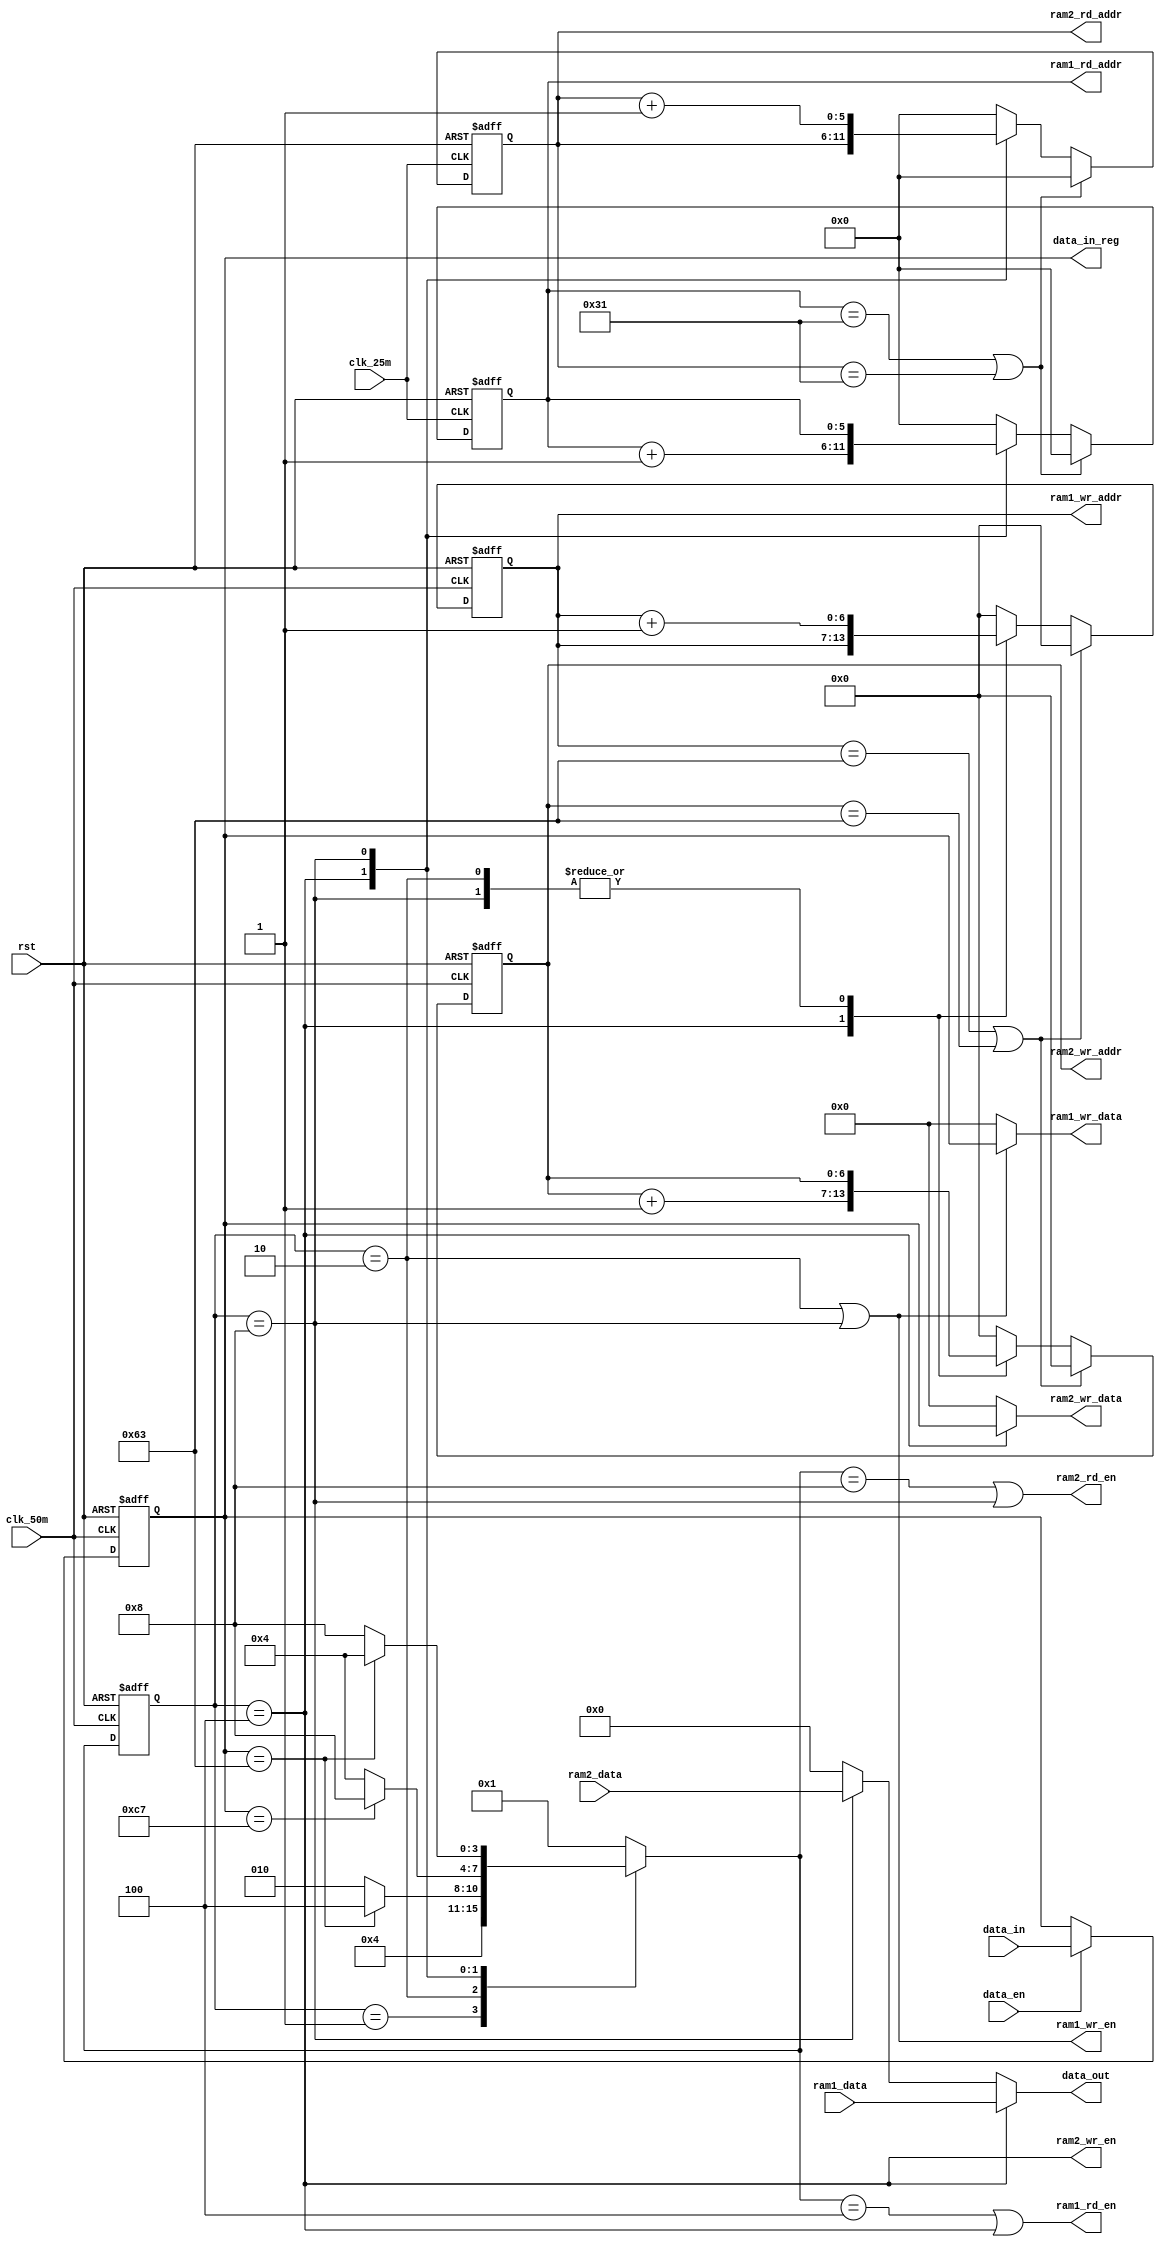
module RAM_CTRL
(
	input wire 				clk_25m			,
	input wire 				clk_50m			,
	input wire 				rst				,
	input wire 	[15:0] 	    ram1_data		,
	input wire 	[15:0] 	    ram2_data		,
	input wire 				data_en			,
	input wire 	[7:0]		data_in			,
	
	output wire 			ram1_wr_en		,
	output reg  [6:0]  	    ram1_wr_addr	,
	output wire	[7:0]  	    ram1_wr_data	,
	output wire 			ram1_rd_en		,
	output reg  [5:0]  	    ram1_rd_addr	,
		
	output wire 			ram2_wr_en		,
	output reg  [6:0] 	    ram2_wr_addr	,
	output wire [7:0] 	    ram2_wr_data	,
	output wire 			ram2_rd_en		,
	output reg  [5:0]  	    ram2_rd_addr	,
	
	output reg 	[7:0] 	    data_in_reg		,
	
	output wire [15:0] 	    data_out
);
 
parameter	IDLE 	= 4'b0001,
			WRAM1 = 4'b0010,
			R1_W2 = 4'b0100,
			W1_R2 = 4'b1000;
				
reg [3:0] state,next_state;
 
//data_in_reg:
always@(posedge clk_50m or negedge rst)
	if(!rst)
		data_in_reg <= 8'b0;
	else if(data_en == 1'b1)
		data_in_reg <= data_in;
 
//state:
always@(posedge clk_50m or negedge rst)
	if(!rst)
		state <= IDLE;
	else
		state <= next_state;
		
//next_state:
always@(*)
	case(state)
		IDLE  : next_state = WRAM1;
		WRAM1 : next_state = (data_in_reg == 'd99 )?R1_W2:WRAM1;
		R1_W2 : next_state = (data_in_reg == 'd199)?W1_R2:R1_W2;
		W1_R2 : next_state = (data_in_reg == 'd99 )?R1_W2:W1_R2;
		default : next_state = IDLE;
	endcase
//ram1ram2
assign ram1_wr_en = (state == WRAM1 || state == W1_R2);
assign ram1_rd_en = (next_state == R1_W2 || state == R1_W2);
assign ram2_wr_en = (state == R1_W2);
assign ram2_rd_en = (next_state == W1_R2 || state == W1_R2);
//ram1_wr_addr,ram2_wr_addr:
always@(posedge clk_50m or negedge rst)
	if(!rst)
		begin
			ram1_wr_addr <= 7'b0;
			ram2_wr_addr <= 7'b0;
		end
	else if(ram1_wr_addr == 'd99 || ram2_wr_addr == 'd99)
		begin
			ram1_wr_addr <= 7'b0;
			ram2_wr_addr <= 7'b0;
		end
	else
		case(state)
			WRAM1 : ram1_wr_addr <= ram1_wr_addr + 1'b1;
			R1_W2 : ram2_wr_addr <= ram2_wr_addr + 1'b1;
			W1_R2 : ram1_wr_addr <= ram1_wr_addr + 1'b1;	
			default :
				begin
					ram1_wr_addr <= 7'b0;
					ram2_wr_addr <= 7'b0;
				end			
		endcase
//ram1_rd_addr,ram2_rd_addr:
always@(posedge clk_25m or negedge rst)
	if(!rst)
		begin
			ram1_rd_addr <= 6'b0;
			ram2_rd_addr <= 6'b0;
		end
	else if(ram1_rd_addr == 'd49 || ram2_rd_addr == 'd49)
		begin
			ram1_rd_addr <= 6'b0;
			ram2_rd_addr <= 6'b0;
		end
	else
		case(state)
			R1_W2 : ram1_rd_addr <= ram1_rd_addr + 1'b1;
			W1_R2 : ram2_rd_addr <= ram2_rd_addr + 1'b1;	
			default :
				begin
					ram1_rd_addr <= 6'b0;
					ram2_rd_addr <= 6'b0;
				end			
		endcase
 
//ram1ram2		
assign ram1_wr_data = (state == WRAM1 || state == W1_R2) ? data_in_reg:8'b0;
assign ram2_wr_data = (state == R1_W2) ? data_in_reg:8'b0;
 
//ram1ram2
assign data_out = (state == R1_W2) ? ram1_data:((state == W1_R2) ? ram2_data:16'b0);
 
		
endmodule